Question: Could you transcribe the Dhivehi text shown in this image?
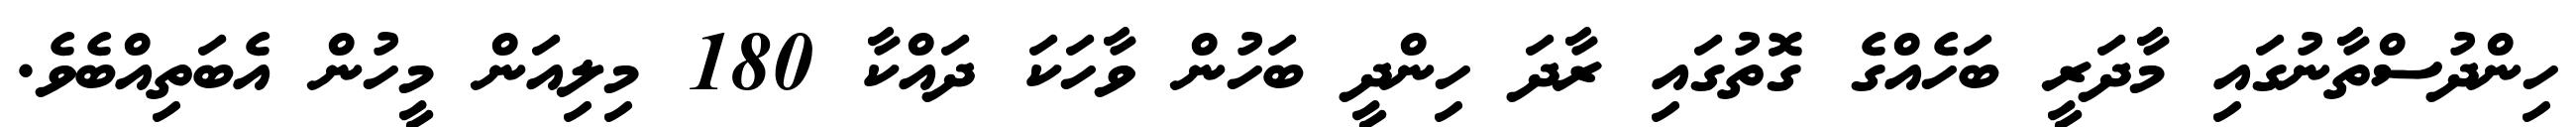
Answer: ހިންދުސްތާނުގައި މާދަރީ ބަހެއްގެ ގޮތުގައި ރާދަ ހިންދީ ބަހުން ވާހަކަ ދައްކާ 180 މިލިއަން މީހުން އެބަތިއްބެވެ.